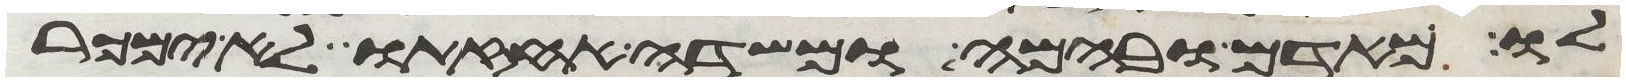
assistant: לו מאדם ובהמה ומשדה אחזתו לא ימכר